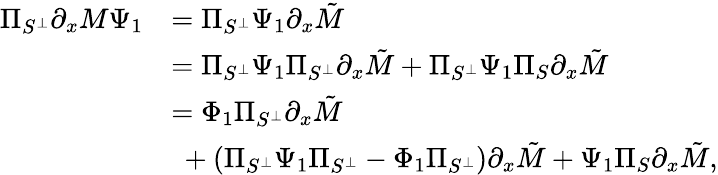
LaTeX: \begin{array}{rl}{\Pi_{S^{\perp}}\partial_{x}M\Psi_{1}}&{=\Pi_{S^{\perp}}\Psi_{1}\partial_{x}\tilde{M}}\\ &{=\Pi_{S^{\perp}}\Psi_{1}\Pi_{S^{\perp}}\partial_{x}\tilde{M}+\Pi_{S^{\perp}}\Psi_{1}\Pi_{S}\partial_{x}\tilde{M}}\\ &{=\Phi_{1}\Pi_{S^{\perp}}\partial_{x}\tilde{M}}\\ &{\ +(\Pi_{S^{\perp}}\Psi_{1}\Pi_{S^{\perp}}-\Phi_{1}\Pi_{S^{\perp}})\partial_{x}\tilde{M}+\Psi_{1}\Pi_{S}\partial_{x}\tilde{M},}\end{array}